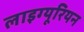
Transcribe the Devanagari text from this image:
लाइग्यूरियन